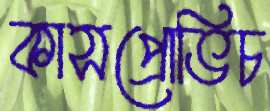
কাসপ্রোভিচ